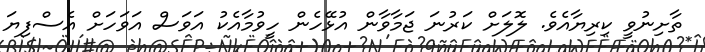
ތާށިނުވީ ކިރިޔާއެވެ. ލޮލަަށް ކަރުނަ ޖަމާވާން އުޅޭހެން ހީވުމާއެކު އަވަސް އަވަހަށް އެސްފިޔަ